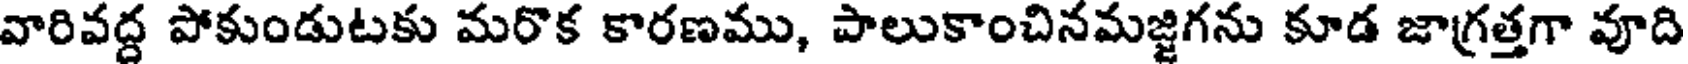
వారివద్ద పోకుండుటకు మరొక కారణము, పాలుకాంచినమజ్జిగను కూడ జాగ్రత్తగా వూది